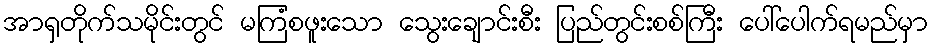
အာရှတိုက်သမိုင်းတွင် မကြံစဖူးသော သွေးချောင်းစီး ပြည်တွင်းစစ်ကြီး ပေါ်ပေါက်ရမည်မှာ